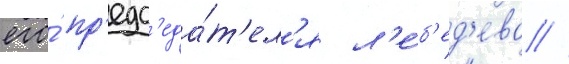
его́ пр'едс'еда́т'ел'я л'е́б'ед'ева //